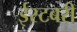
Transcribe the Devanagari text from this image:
ईस्टबरी